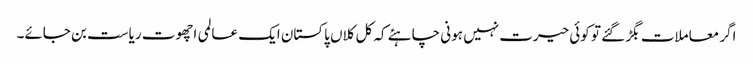
اگر معاملات بگڑ گئے تو کوئی حیرت نہیں ہونی چاہئے کہ کل کلاں پاکستان ایک عالمی اچھوت ریاست بن جائے۔